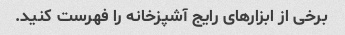
برخی از ابزارهای رایج آشپزخانه را فهرست کنید.